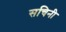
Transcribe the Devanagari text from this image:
सचिनी